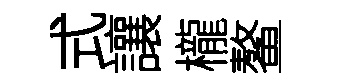
式讓櫳鳌